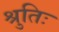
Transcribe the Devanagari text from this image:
श्रुतिः